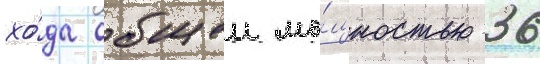
хо́да общеи мо́щностью 36